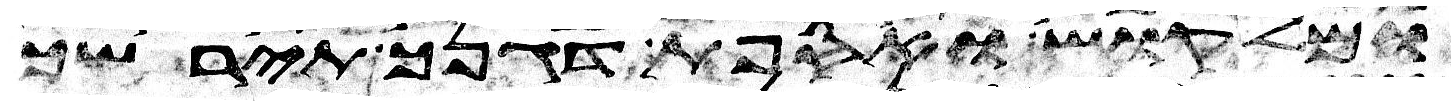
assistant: ומלקוש ואספת דגנך תירשך